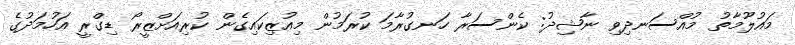
މައުލޫމާތު މުއްސަނދިވި ނާޝިދު: ކެންސަރާ ހަނގުރާމަ ކުރަމުން މިއުޒިކައިގެން ކުރިއަށްޒީރޯ ޑިގްރީ އަހުމަދުގެ